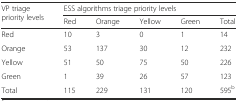
<table><thead><tr><td rowspan="2"><b>VP triage priority levels</b></td><td colspan="5"><b>ESS algorithms triage priority levels</b></td></tr><tr><td><b>Red</b></td><td><b>Orange</b></td><td><b>Yellow</b></td><td><b>Green</b></td><td><b>Total</b></td></tr></thead><tbody><tr><td>Red</td><td>10</td><td>3</td><td>0</td><td>1</td><td>14</td></tr><tr><td>Orange</td><td>53</td><td>137</td><td>30</td><td>12</td><td>232</td></tr><tr><td>Yellow</td><td>51</td><td>50</td><td>75</td><td>50</td><td>226</td></tr><tr><td>Green</td><td>1</td><td>39</td><td>26</td><td>57</td><td>123</td></tr><tr><td>Total</td><td>115</td><td>229</td><td>131</td><td>120</td><td>595<sup>b</sup></td></tr></tbody></table>